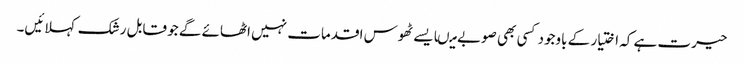
حیرت ہے کہ اختیار کے باوجود کسی بھی صوبے میںایسے ٹھوس اقدمات نہیں اٹھائے گے جو قابل رشک کہلائیں۔